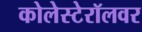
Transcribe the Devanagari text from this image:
कोलेस्टेरॉलवर